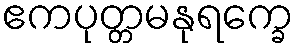
ဧကပုတ္တမနုရက္ခေ